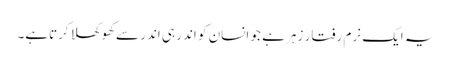
یہ ایک نرم رفتار زہر ہے جو انسان کو اندر ہی اندر سےکھوکھلا کرتاہے۔